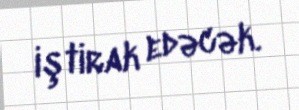
iştirak edəcək.